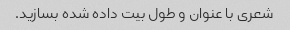
شعری با عنوان و طول بیت داده شده بسازید.